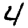
Digit: 4